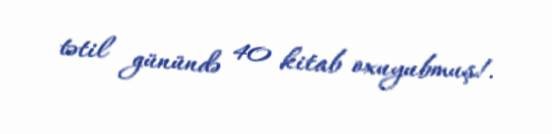
tətil günündə 40 kitab oxuyubmuş!.